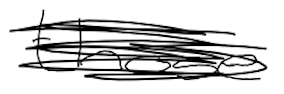
Text: those
Cross-out: scratch
Writing tool: digital_black